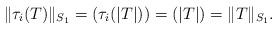
LaTeX: \begin{align*}\|\tau_i(T)\|_{S_1}=(\tau_i(|T|))=(|T|)=\|T\|_{S_1}.\end{align*}